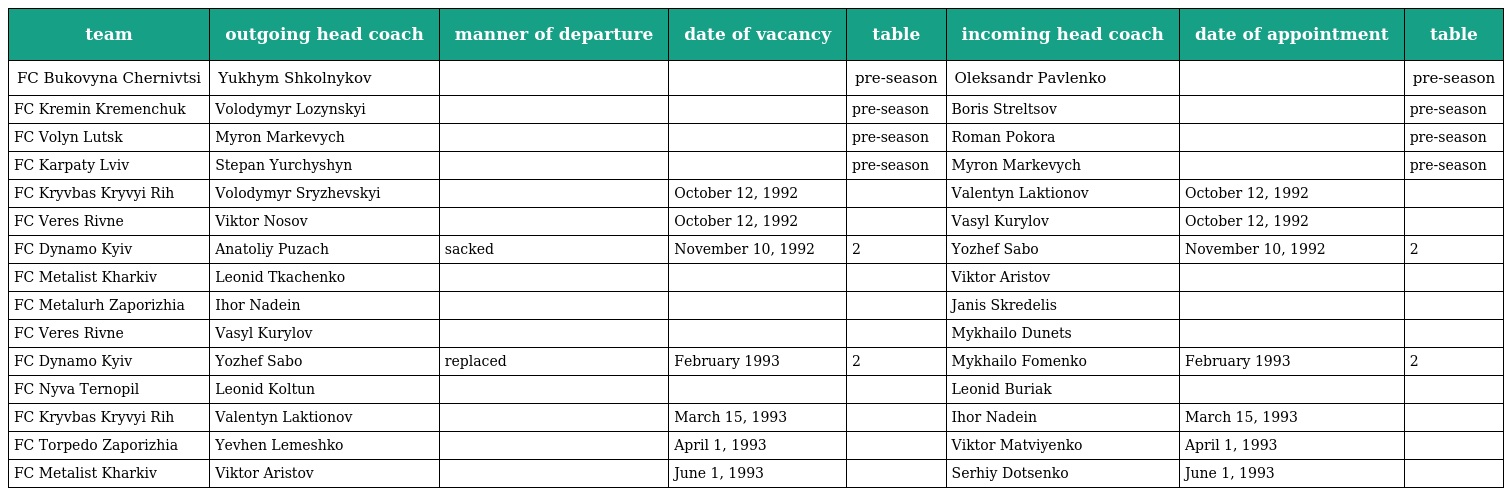
| team | outgoing head coach | manner of departure | date of vacancy | table | incoming head coach | date of appointment | table |
 | --- | --- | --- | --- | --- | --- | --- | --- |
 | FC Bukovyna Chernivtsi | Yukhym Shkolnykov |  |  | pre-season | Oleksandr Pavlenko |  | pre-season |
 | FC Kremin Kremenchuk | Volodymyr Lozynskyi |  |  | pre-season | Boris Streltsov |  | pre-season |
 | FC Volyn Lutsk | Myron Markevych |  |  | pre-season | Roman Pokora |  | pre-season |
 | FC Karpaty Lviv | Stepan Yurchyshyn |  |  | pre-season | Myron Markevych |  | pre-season |
 | FC Kryvbas Kryvyi Rih | Volodymyr Sryzhevskyi |  | October 12, 1992 |  | Valentyn Laktionov | October 12, 1992 |  |
 | FC Veres Rivne | Viktor Nosov |  | October 12, 1992 |  | Vasyl Kurylov | October 12, 1992 |  |
 | FC Dynamo Kyiv | Anatoliy Puzach | sacked | November 10, 1992 | 2 | Yozhef Sabo | November 10, 1992 | 2 |
 | FC Metalist Kharkiv | Leonid Tkachenko |  |  |  | Viktor Aristov |  |  |
 | FC Metalurh Zaporizhia | Ihor Nadein |  |  |  | Janis Skredelis |  |  |
 | FC Veres Rivne | Vasyl Kurylov |  |  |  | Mykhailo Dunets |  |  |
 | FC Dynamo Kyiv | Yozhef Sabo | replaced | February 1993 | 2 | Mykhailo Fomenko | February 1993 | 2 |
 | FC Nyva Ternopil | Leonid Koltun |  |  |  | Leonid Buriak |  |  |
 | FC Kryvbas Kryvyi Rih | Valentyn Laktionov |  | March 15, 1993 |  | Ihor Nadein | March 15, 1993 |  |
 | FC Torpedo Zaporizhia | Yevhen Lemeshko |  | April 1, 1993 |  | Viktor Matviyenko | April 1, 1993 |  |
 | FC Metalist Kharkiv | Viktor Aristov |  | June 1, 1993 |  | Serhiy Dotsenko | June 1, 1993 |  |